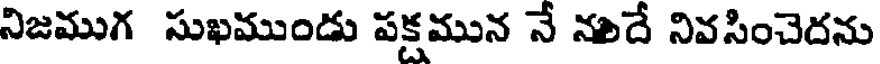
నిజముగ సుఖముండు పక్షమున నే నదే నివసించెదను